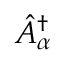
\hat { A } _ { \alpha } ^ { \dag }